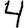
Digit: 4